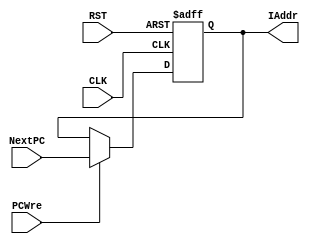
module PC(
	input CLK,
	input RST,
	input [31:0] NextPC,
	input PCWre,
	output reg [31:0] IAddr
);
	initial IAddr<=0;
	always @(posedge CLK or negedge RST) begin 
		if(RST==0) IAddr<=0;
		else if(PCWre)  IAddr<=NextPC;
		else IAddr<=IAddr;
	end
endmodule